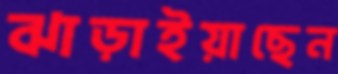
ঝাড়াইয়াছেন